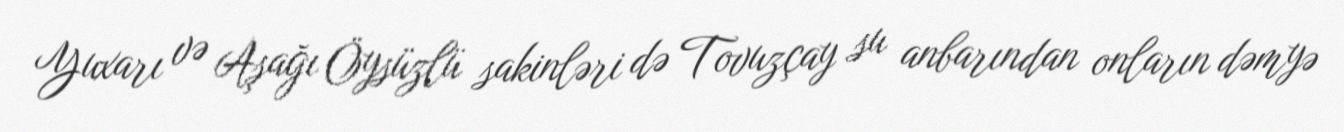
Yuxarı və Aşağı Öysüzlü sakinləri də Tovuzçay su anbarından onların dəmyə